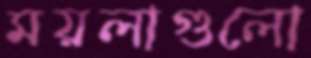
ময়লাগুলো